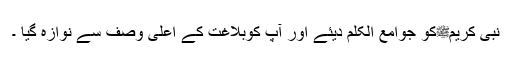
نبی کریمﷺکو جوامع الکلم دیئے اور آپ کوبلاغت کے اعلیٰ وصف سے نوازہ گیا ۔